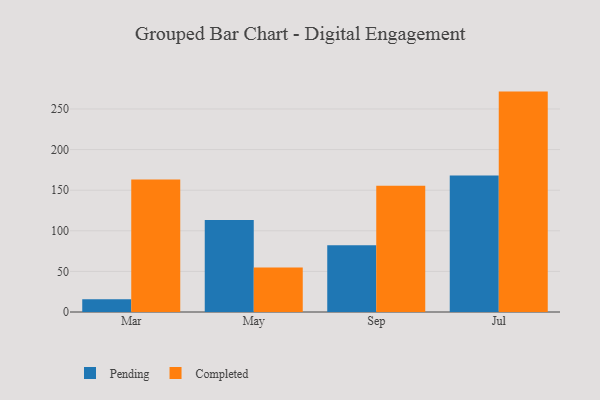
{"axis": {"x": "Month", "y": "Satisfaction Score"}, "legend": ["Completed", "Pending"], "data": [{"x": "Mar", "y": 15.8, "type": "Pending"}, {"x": "Mar", "y": 163.3, "type": "Completed"}, {"x": "May", "y": 113.4, "type": "Pending"}, {"x": "May", "y": 54.9, "type": "Completed"}, {"x": "Sep", "y": 82.1, "type": "Pending"}, {"x": "Sep", "y": 155.6, "type": "Completed"}, {"x": "Jul", "y": 168.1, "type": "Pending"}, {"x": "Jul", "y": 271.4, "type": "Completed"}]}